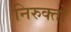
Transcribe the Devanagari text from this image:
निरुक्तों